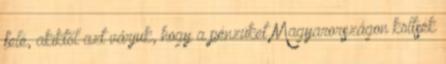
felé, akiktől azt várjuk, hogy a pénzüket Magyarországon költsék